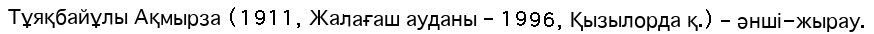
Тұяқбайұлы Ақмырза (1911, Жалағаш ауданы – 1996, Қызылорда қ.) – әнші-жырау.